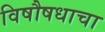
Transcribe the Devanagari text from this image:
विषौषधाचा